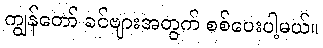
ကျွန်တော် ခင်ဗျားအတွက် စစ်ပေးပါ့မယ်။